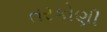
તરકોણી